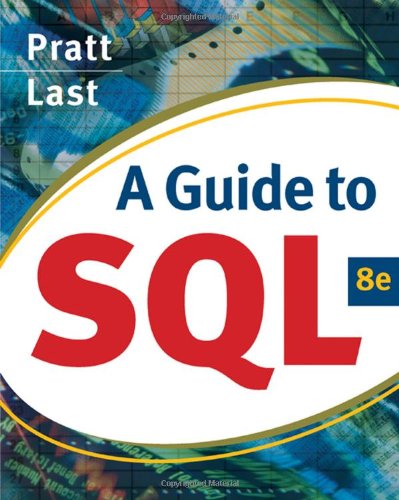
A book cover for A Guide to SQL (Available Titles Skills Assessment Manager (SAM) - Office 2010); Philip J. Pratt; Computers & Technology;